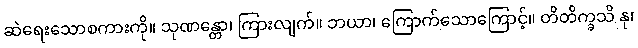
ဆဲရေးသောစကားကို။ သုဏန္တော၊ ကြားလျက်။ ဘယာ၊ ကြောက်သောကြောင့်။ တိတိက္ခသိ နု၊